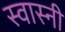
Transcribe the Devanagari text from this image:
स्वास्नी